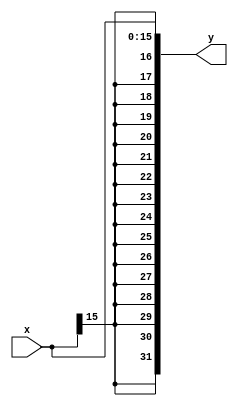
`timescale 1ns/1ns

module signextend(input [15:0] x, output [31:0] y);

    assign y = { {16{x[15]}} , x };
    
endmodule